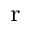
_ \mathrm { r }